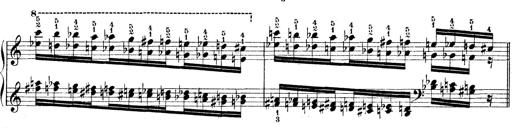
Title: Technische Studien
Composer: Franz Liszt